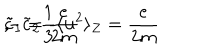
LaTeX: \tilde { c } _ { 1 } = \frac { e } { 2 m } \hspace { . 4 i n } , \hspace { . 4 i n } - \tilde { c } _ { 2 } \frac { 1 } { 3 } \langle { \bf { u } } ^ { 2 } \rangle _ { Z } = \frac { e } { 2 m } \hspace { . 4 i n } .